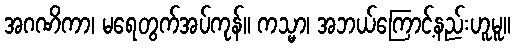
အဂဏိကာ၊ မရေတွက်အပ်ကုန်။ ကသ္မာ၊ အဘယ်ကြောင့်နည်းဟူမူ။